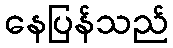
နေပြန်သည်